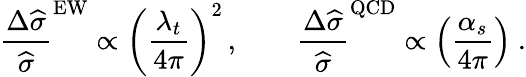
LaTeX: {\frac{\Delta\widehat\sigma}{\widehat\sigma}}^{\mathrm{EW}}\propto\left({\frac{\lambda_{t}}{4\pi}}\right)^{2}\, ,\qquad{\frac{\Delta\widehat\sigma}{\widehat\sigma}}^{\mathrm{QCD}}\propto\left({\frac{\alpha_{s}}{4\pi}}\right)\ .